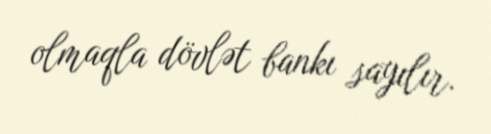
olmaqla dövlət bankı sayılır.